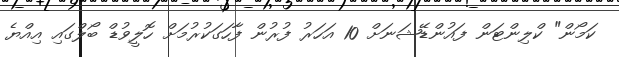
ކަމޯން" ކްލިންޓަން ފައުންޑޭޝަނަށް 10 އަހަރު ފުރުން ފާހަގަކުރުމަށް ހޮލީވުޑް ބޯލްގައި އިއްޔެ